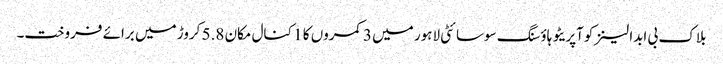
بلاک بی ابدالینزکوآپریٹو ہاؤسنگ سوسائٹی لاہور میں 3 کمروں کا 1 کنال مکان 5.8 کروڑ میں برائے فروخت۔